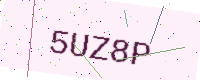
Text: 5UZ8P